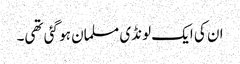
ان کی ایک لونڈی مسلمان ہو گئی تھی۔